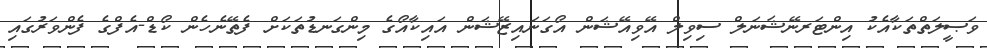
ވަޞީލަތްތަކާއެކު އިންޓަރނޭޝަނަލް ސިވިލް އޭވިއޭޝަން އޯގަނައިޒޭޝަން އައިކާއޯގެ މިންގަނޑުތަކަށް ފެތޭނެހެން ކޯޑް-އެފްގެ ފެންވަރުގައި